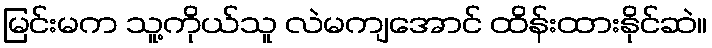
မြင်းမက သူ့ကိုယ်သူ လဲမကျအောင် ထိန်းထားနိုင်ဆဲ။